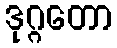
ဒုဂ္ဂတော